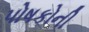
પોષકોની